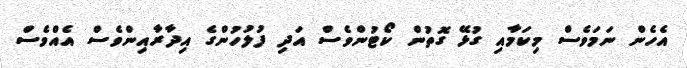
އެހެން ނަމަވެސް މިކަމާއި ގުޅޭ ގޮތުން ކޯޓުންވެސް އަދި ފުލުހުންގެ އިދާރާއިންވެސް އެއްވެސް